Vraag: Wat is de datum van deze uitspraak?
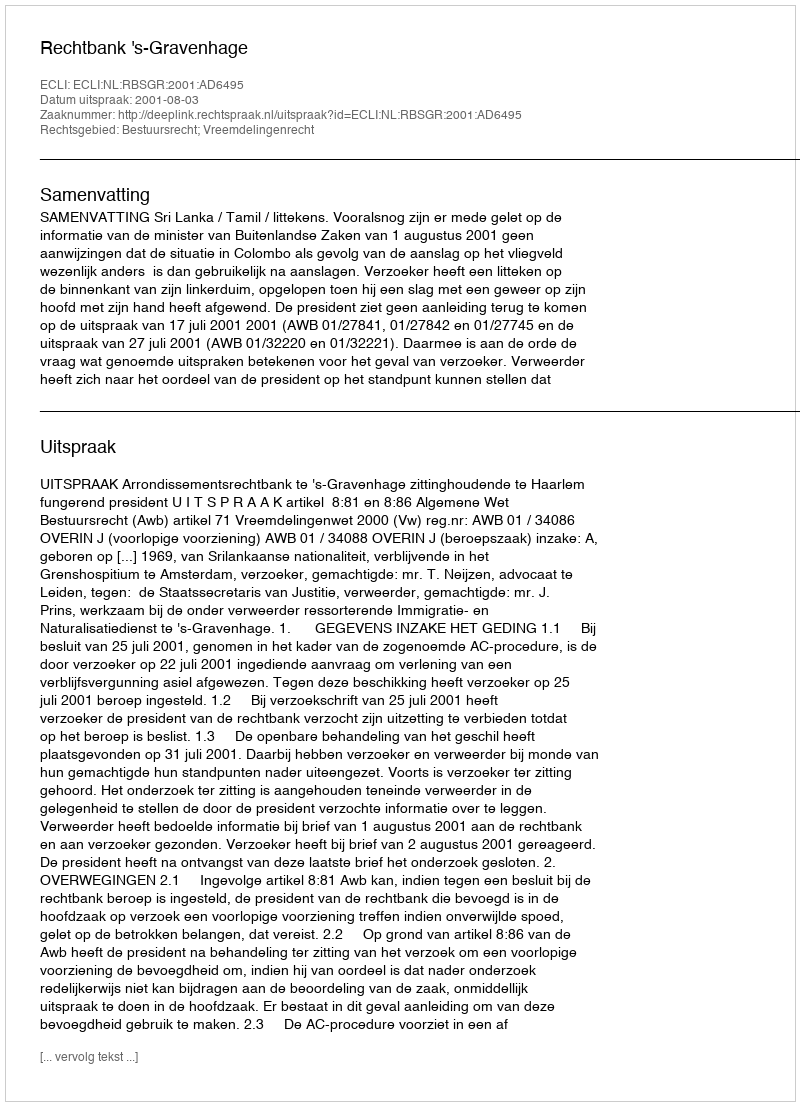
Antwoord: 2001-08-03